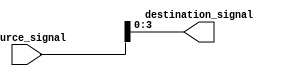
module bit_select_assign(
    input [7:0] source_signal,
    output [3:0] destination_signal
);

assign destination_signal = source_signal[3:0];

endmodule